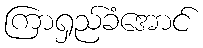
ကြာရှည်ခံအောင်